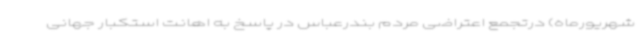
شهریورماه) درتجمع اعتراضی مردم بندرعباس در پاسخ به اهانت استکبار جهانی